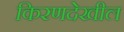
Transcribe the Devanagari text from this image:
किरणदेखील